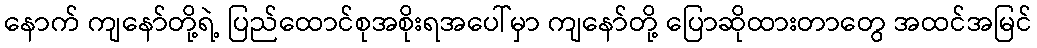
နောက် ကျနော်တို့ရဲ့ ပြည်ထောင်စုအစိုးရအပေါ်မှာ ကျနော်တို့ ပြောဆိုထားတာတွေ အထင်အမြင်